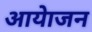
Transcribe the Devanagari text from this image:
आयेाजन